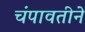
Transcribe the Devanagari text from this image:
चंपावतीने